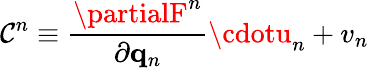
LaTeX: \mathcal{C}^{n}\equiv\frac{{\partialF^{n}}}{{\partial\mathbf{{q}}_{n}}}\mathbf{{\cdotu}}_{n}+v_{n}